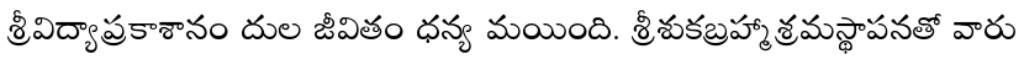
శ్రీవిద్యాప్రకాశానం దుల జీవితం ధన్య మయింది. శ్రీశుకబ్రహ్మాశ్రమస్థాపనతో వారు